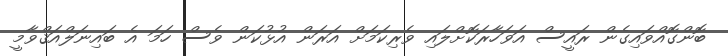
ބޮންގޮއްވައިގެން ރައީސް އަވަހާރަކޮށްލައި ވެރިކަމަށް އަރަން އުޅުކަން ވެސް ހަމަ އެ ބައިނަލްއަޤްވާމީ